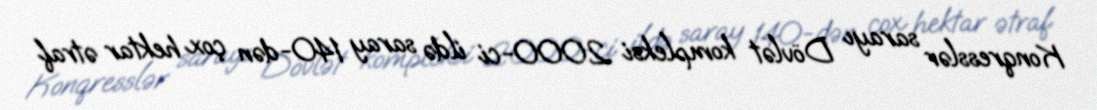
Konqresslər sarayı Dövlət kompleksi 2000-ci ildə saray 140-dən çox hektar ətraf